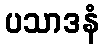
ပသာဒနံ